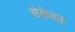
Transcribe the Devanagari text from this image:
सेकेवल